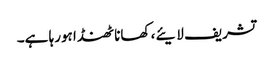
تشریف لایئے، کھانا ٹھنڈا ہورہا ہے۔